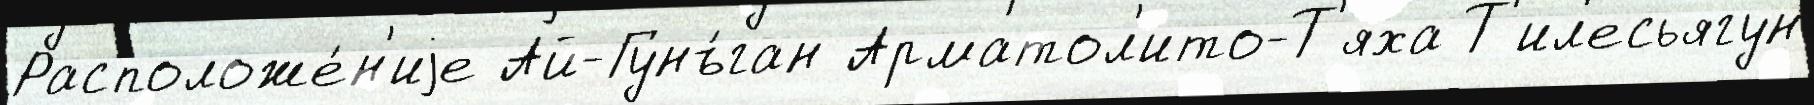
Расположе́н'иjе Ай-Гунъ́ган Арматол'ито-Т'яха Т'ил'есьягун